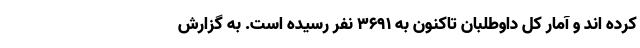
کرده اند و آمار کل داوطلبان تاکنون به ۳۶۹۱ نفر رسیده است. به گزارش